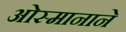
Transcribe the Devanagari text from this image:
ओस्मानाने